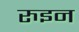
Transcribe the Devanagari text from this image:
रुइन